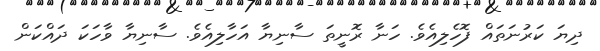
ދިޔަ ކަރުނަތައް ފޮހެލިއެވެ. ހަނާ ރޮނީތަ ސާނިޔާ އަހާލިއެވެ. ސާނިޔާ ވާހަކަ ދައްކަން